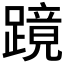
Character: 𬧎